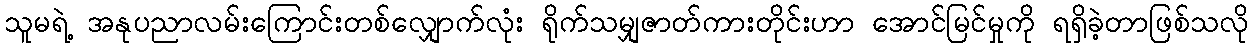
သူမရဲ့ အနုပညာလမ်းကြောင်းတစ်လျှောက်လုံး ရိုက်သမျှဇာတ်ကားတိုင်းဟာ အောင်မြင်မှုကို ရရှိခဲ့တာဖြစ်သလို